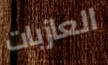
العازبات